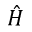
\hat { H }